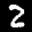
Label: 2